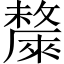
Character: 斄